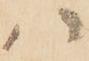
ハ